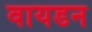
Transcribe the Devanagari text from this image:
वायडन